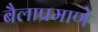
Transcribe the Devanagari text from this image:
बैलाप्रमाणे